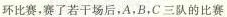
环比赛，赛了若干场后，A，B，C三队的比赛